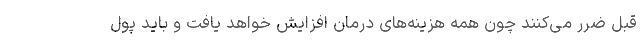
قبل ضرر می‌کنند چون همه هزینه‌های درمان افزایش خواهد یافت و باید پول